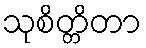
သုစိတ္တိတာ